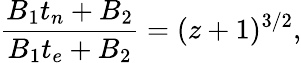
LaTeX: \frac{B_{1}t_{n}+B_{2}}{B_{1}t_{e}+B_{2}}=(z+1)^{3/2},